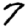
Digit: 7